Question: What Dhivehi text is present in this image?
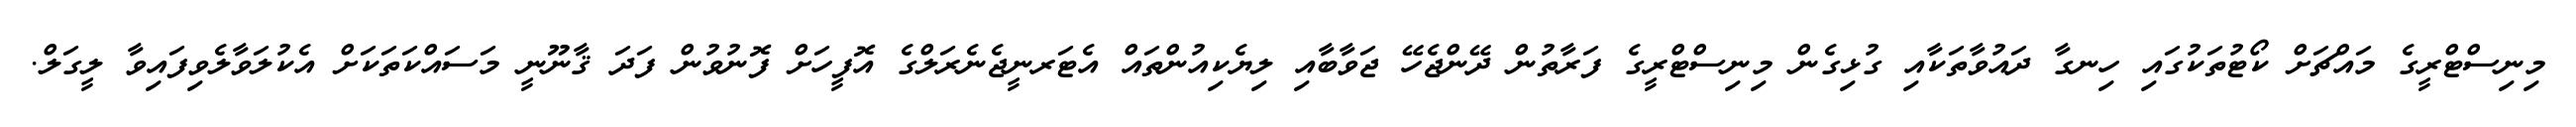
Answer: މިނިސްޓްރީގެ މައްޗަށް ކޯޓުތަކުގައި ހިނގާ ދައުވާތަކާއި ގުޅިގެން މިނިސްޓްރީގެ ފަރާތުން ދޭންޖެހޭ ޖަވާބާއި ލިޔެކިއުންތައް އެޓަރނީޖެނެރަލްގެ އޮފީހަށް ފޮނުވުން ފަދަ ޤާނޫނީ މަސައްކަތަކަށް އެކުލަވާލެވިފައިވާ ލީގަލް.